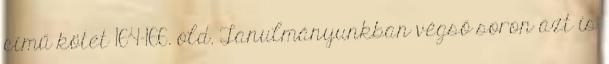
című kötet 164-166. old. Tanulmányunkban végső soron azt is